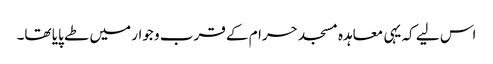
اس لیے کہ یہی معاہدہ مسجد حرام کے قرب و جوار میں طے پایا تھا۔